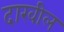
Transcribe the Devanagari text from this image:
दाखील